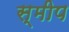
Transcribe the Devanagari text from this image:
स्मीप